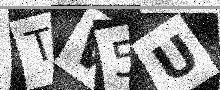
Text: TW5U